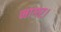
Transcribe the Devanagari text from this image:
नागर।